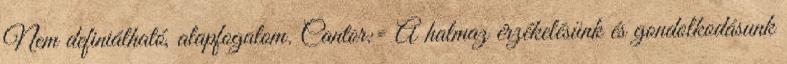
Nem definiálható, alapfogalom. Cantor:= A halmaz érzékelésünk és gondolkodásunk